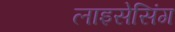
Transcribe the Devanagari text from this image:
लाइसेसिंग